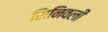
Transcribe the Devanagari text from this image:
सिनिवली